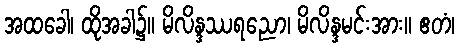
အထခေါ၊ ထိုအခါ၌။ မိလိန္ဒဿရညော၊ မိလိန္ဒမင်းအား။ ဧတံ၊